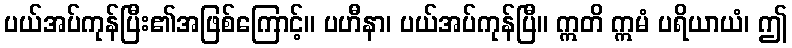
ပယ်အပ်ကုန်ပြီး၏အဖြစ်ကြောင့်။ ပဟီနာ၊ ပယ်အပ်ကုန်ပြီ။ ဣတိ ဣမံ ပရိယာယံ၊ ဤ